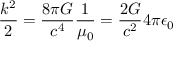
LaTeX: { \frac { k ^ { 2 } } { 2 } } = { \frac { 8 \pi G } { c ^ { 4 } } } { \frac { 1 } { \mu _ { 0 } } } = { \frac { 2 G } { c ^ { 2 } } } { 4 \pi \epsilon _ { 0 } }